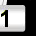
Digit: 1